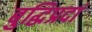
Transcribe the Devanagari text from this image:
बुद्धिप्रदां